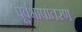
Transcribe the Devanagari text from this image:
पूर्वभाषांतरण